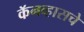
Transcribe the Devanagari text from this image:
कॅनव्हासचे